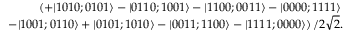
\begin{array} { r l r } & { } & { \left( + | 1 0 1 0 ; 0 1 0 1 \rangle - | 0 1 1 0 ; 1 0 0 1 \rangle - | 1 1 0 0 ; 0 0 1 1 \rangle - | 0 0 0 0 ; 1 1 1 1 \rangle \right. } \\ & { } & { \left. ~ - | 1 0 0 1 ; 0 1 1 0 \rangle + | 0 1 0 1 ; 1 0 1 0 \rangle - | 0 0 1 1 ; 1 1 0 0 \rangle - | 1 1 1 1 ; 0 0 0 0 \rangle \right) / 2 \sqrt { 2 } . } \end{array}